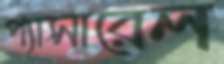
প্যাসারেল